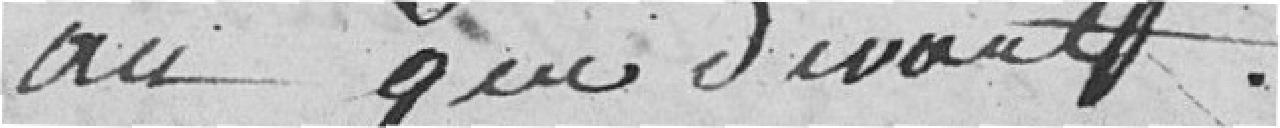
an qui devant.